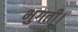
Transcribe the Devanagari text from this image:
भुगती।